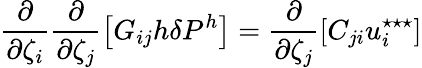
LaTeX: \frac{\partial}{\partial\zeta_{i}}\frac{\partial}{\partial\zeta_{j}}\left[G_{ij}{h}\delta P^{{h}}\right]=\frac{\partial}{\partial\zeta_{j}}\left[C_{ji}u_{i}^{\star\star\star}\right]